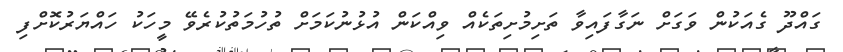
ގައްދޫ ގެއަކުން ވަގަށް ނަގާފައިވާ ތަށިމުށިތަކެއް ވިއްކަން އުޅުނުކަމަށް ތުހުމަތުކުރެވޭ މީހަކު ހައްޔަރުކޮށްފި